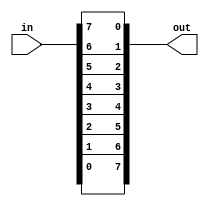
module top_module( 
    input [7:0] in,
    output [7:0] out
);
   generate
       genvar i;
       for (i=0; i<8; i = i+1) begin: top_module
       assign out[i] = in[8-i-1];
       end
   endgenerate
endmodule

//assign {out[0],out[1],out[2],out[3],out[4],out[5],out[6],out[7]} = in;
//assign out = {in[0],in[1],in[2],in[3],in[4],in[5],in[6],in[7]};
/* always @(*) begin	
		for (int i=0; i<8; i++)	// int is a SystemVerilog type. Use integer for pure Verilog.
			out[i] = in[8-i-1];
	end   */